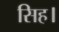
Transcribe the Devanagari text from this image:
सिह।